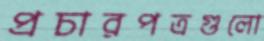
প্রচারপত্রগুলো